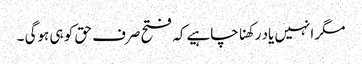
مگر انہیں یاد رکھناچاہیےکہ فتح صرف حق کو ہی ہوگی ۔